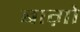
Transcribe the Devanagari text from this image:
बाग़ो